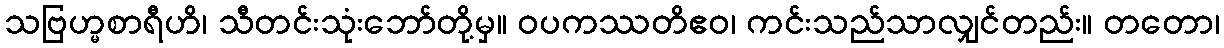
သဗြဟ္မစာရီဟိ၊ သီတင်းသုံးဘော်တို့မှ။ ဝပကဿတိဧဝ၊ ကင်းသည်သာလျှင်တည်း။ တတော၊